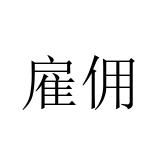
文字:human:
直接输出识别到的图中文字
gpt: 雇佣